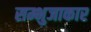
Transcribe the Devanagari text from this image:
सम्भुजाकार